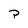
Character: P